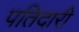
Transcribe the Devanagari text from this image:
पतिदारी